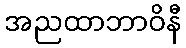
အညထာဘာဝိနီ